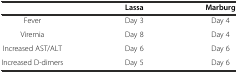
<table><thead><tr><td></td><td><b>Lassa</b></td><td><b>Marburg</b></td></tr></thead><tbody><tr><td>Fever</td><td>Day 3</td><td>Day 4</td></tr><tr><td>Viremia</td><td>Day 8</td><td>Day 4</td></tr><tr><td>Increased AST/ALT</td><td>Day 6</td><td>Day 6</td></tr><tr><td>Increased D-dimers</td><td>Day 5</td><td>Day 6</td></tr></tbody></table>